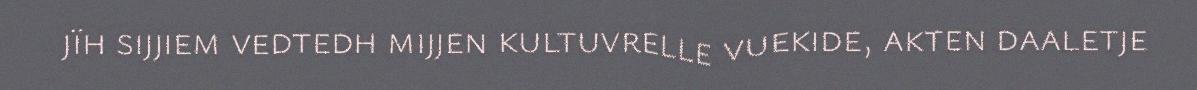
jïh sijjiem vedtedh mijjen kultuvrelle vuekide, akten daaletje